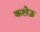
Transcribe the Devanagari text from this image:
कलेऊ